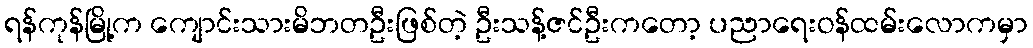
ရန်ကုန်မြို့က ကျောင်းသားမိဘတဦးဖြစ်တဲ့ ဦးသန့်ဇင်ဦးကတော့ ပညာရေးဝန်ထမ်းလောကမှာ